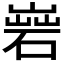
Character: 𡻦